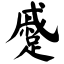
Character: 蹙